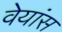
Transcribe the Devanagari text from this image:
वेयांस